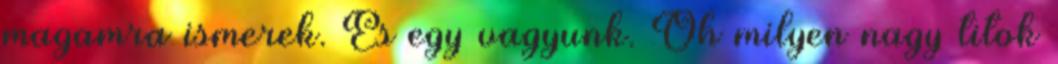
magamra ismerek. És egy vagyunk. Óh milyen nagy titok